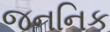
જનનિક